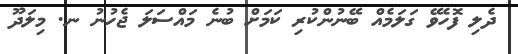
ދެލި ފޮހެވޭ ގަލަމެއް ބޭނުންކުރި ކަމަށް ބުނެ މައްސަލަ ޖެހުނު ނ. މިލަދޫ